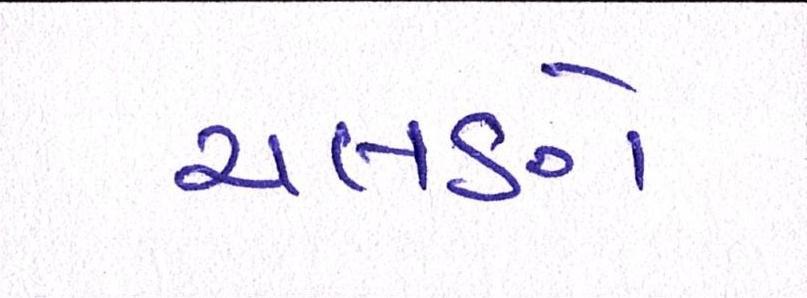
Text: ચલણે